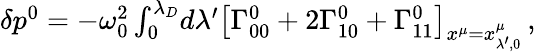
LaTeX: \begin{array}{r}{\delta p^{0}=-\omega_{0}^{2}\int_{0}^{\lambda_{D}}\! d\lambda^{\prime}\big[\Gamma_{00}^{0}+2\Gamma_{10}^{0}+\Gamma_{11}^{0}\big]_{x^{\mu}=x_{\lambda^{\prime},0}^{\mu}}\, ,}\end{array}